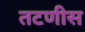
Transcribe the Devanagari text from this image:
तटणीस